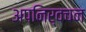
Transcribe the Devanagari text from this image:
अपनिर्वचन